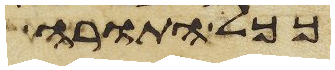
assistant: ככל התורה